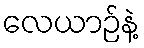
လေယာဉ်နဲ့